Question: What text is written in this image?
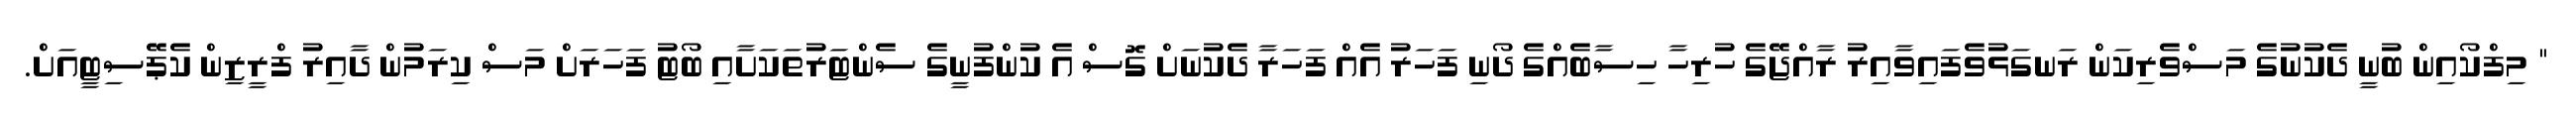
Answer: " މިފްކޯއިން ބުނީ ދެކުނުގެ މަސްވެރިކަން ރަނގަޅުވެފައިވާއިރު ރާއްޖޭގެ ހުރިހާ ހިސާބެއްގެ ދޯނި ފަހަރު އެއް ފަހަރާ ދެކުނަށް ގޮސް އެ ކުންފުނީގެ ސެންޓަރުތަކަށާއި ބޯޓު ފަހަރަށް މަސް ކިރަމުން ދާއިރު ފްރީޒިން ކެޕޭސިޓީއަށް.